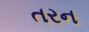
તરન